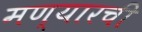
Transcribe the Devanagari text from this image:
मण्यारची